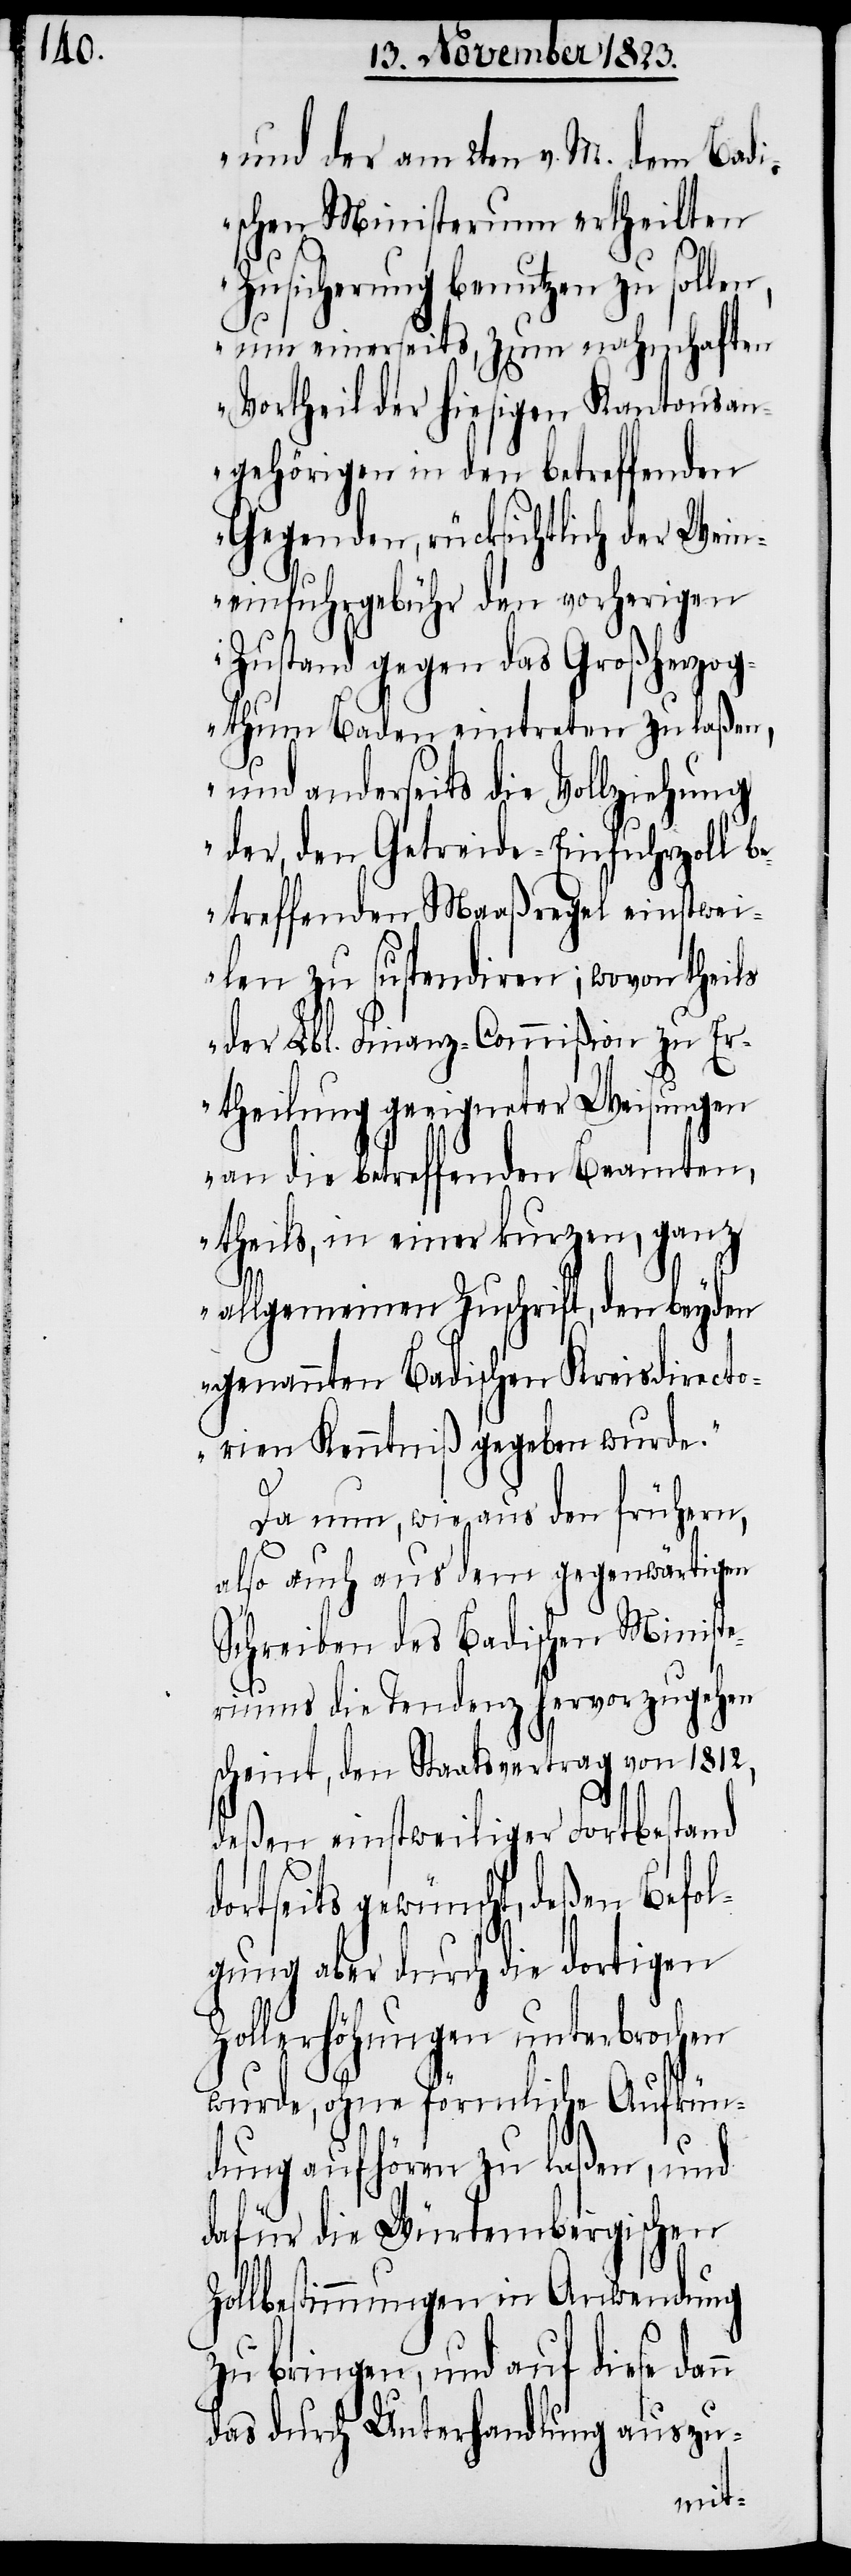
und der am 2ten v. M. dem Badi¬
schen Ministerium ertheilten
Zusicherung benutzen zu sol¬
um einerseits, zum nahmhaften
Vortheil der hiesigen Kantonsan¬
gehörigen in den betreffenden
Gegenden, rücksichtlich der Wein¬
einfuhrgebühr den vorherigen
Zustand gegen das Großherzog¬
thum Baden eintreten zu laßen,
und anderseits die Vollziehung
der, den Getreide-Einfuhrzoll b¬
etreffenden Maaßregel einstwei¬
len zu suspendiren; wovon theils
der Lbl. Finanz-Commißion zu Er¬
theilung geeigneter Weisungen
an die betreffenden Beamten,
theils, in einer kurzen, ganz
allgemeinen Zuschrift, den beyden
genannten Badischen Kreisdirecto¬
rien Kenntniß gegeben wurde.“
d¬
Da nun, wie aus den frühern,
n
also auch aus dem gegenwärtigen
Schreiben des Badischen Minist¬
eriums die Tendenz hervorzugehen
scheint, den Staatsvertrag von 1812,
deßen einstweiliger Fortbestand
ortseits gewünscht, deßen Befol¬
gung aber durch die dortigen
Zollerhöhungen unterbrochen
wurde, ohne förmliche Aufkün¬
dung aufhören zu laßen, und
dafür die Würtembergischen
Zollbestimmungen in Anwendung
zu bringen, und auf diese dan¬
das durch Unterhandlung auszu-